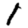
Digit: 1